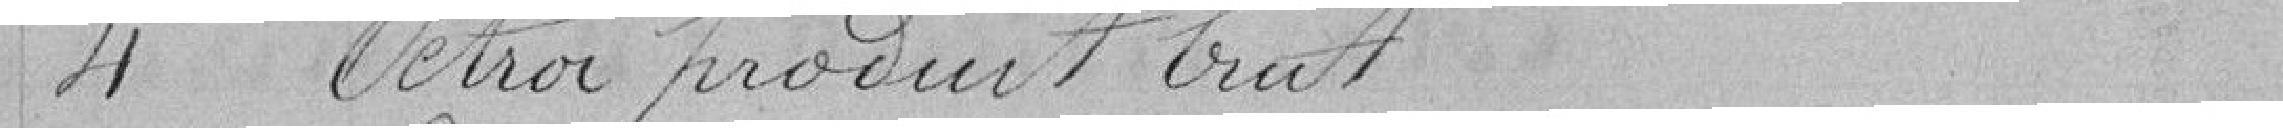
4 Octroi produit brut